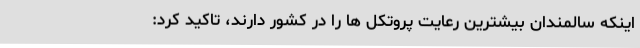
اینکه سالمندان بیشترین رعایت پروتکل ها را در کشور دارند، تاکید کرد: